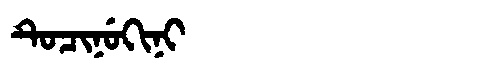
Manchu: ᡨᡠᠴᡳᠨᡠᡴᡳᠨᡳ
Romanization: TUCINUKINI